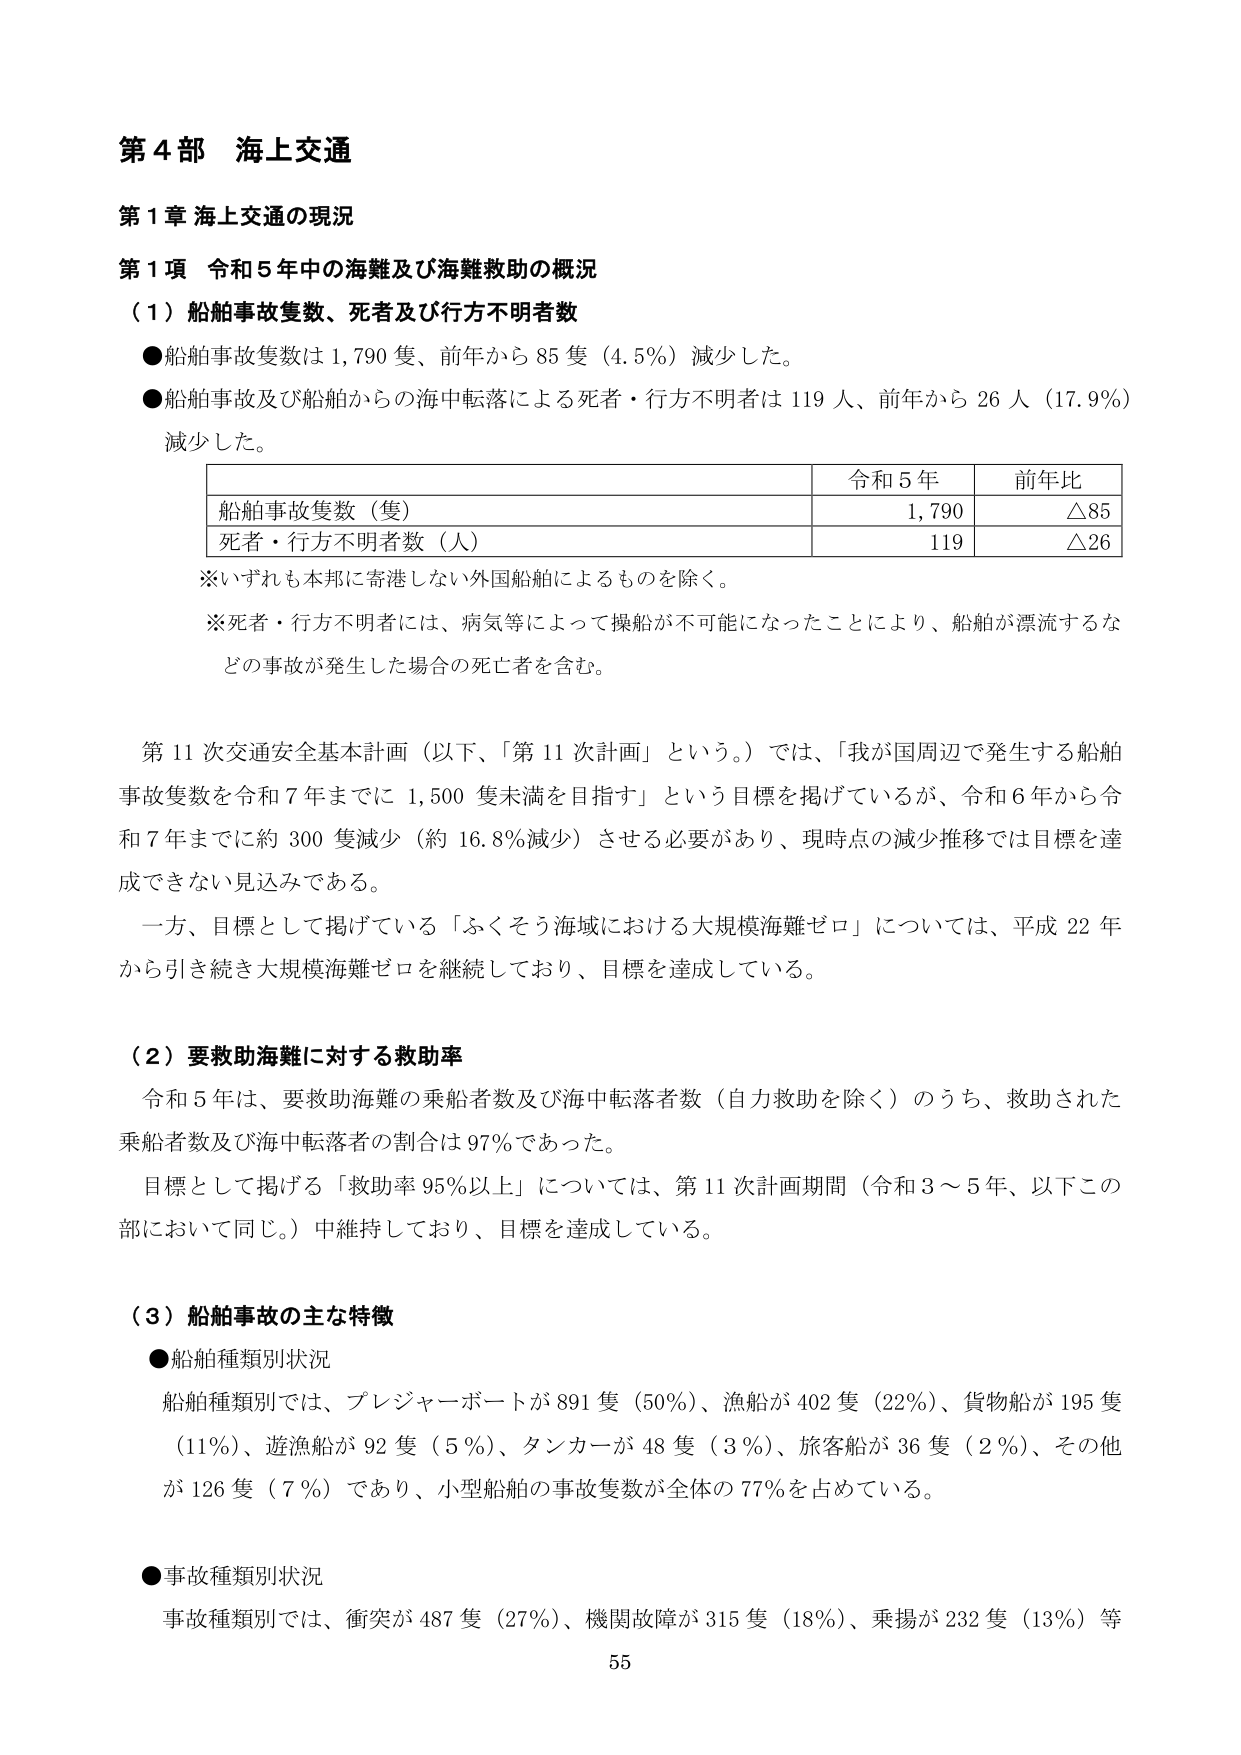
第４部 海上交通

第１章 海上交通の現況

第１項 令和５年中の海難及び海難救助の概況

（１）船舶事故隻数、死者及び行方不明者数

●船舶事故隻数は 1,790 隻、前年から 85 隻（4.5％）減少した。

●船舶事故及び船舶からの海中転落による死者・行方不明者は 119 人、前年から 26 人（17.9％）減少した。

| | 令和５年 | 前年比 |
|---|---|---|
| 船舶事故隻数（隻） | 1,790 | △85 |
| 死者・行方不明者数（人） | 119 | △26 |

※いずれも本邦に寄港しない外国船舶によるものを除く。

※死者・行方不明者には、病気等によって操船が不可能になったことにより、船舶が漂流するなどの事故が発生した場合の死亡者を含む。

第11次交通安全基本計画（以下、「第11次計画」という。）では、「我が国周辺で発生する船舶事故隻数を令和7年までに1,500隻未満を目指す」という目標を掲げているが、令和6年から令和7年までに約300隻減少（約16.8％減少）させる必要があり、現時点の減少推移では目標を達成できない見込みである。

一方、目標として掲げている「ふくそう海域における大規模海難ゼロ」については、平成22年から引き続き大規模海難ゼロを継続しており、目標を達成している。

（２）要救助海難に対する救助率

令和5年は、要救助海難の乗船者数及び海中転落者数（自力救助を除く）のうち、救助された乗船者数及び海中転落者の割合は97％であった。

目標として掲げる「救助率95％以上」については、第11次計画期間（令和3～5年、以下この部において同じ。）中維持しており、目標を達成している。

（３）船舶事故の主な特徴

●船舶種類別状況

船舶種類別では、プレジャーボートが891隻（50％）、漁船が402隻（22％）、貨物船が195隻（11％）、遊漁船が92隻（5％）、タンカーが48隻（3％）、旅客船が36隻（2％）、その他が126隻（7％）であり、小型船舶の事故隻数が全体の77％を占めている。

●事故種類別状況

事故種類別では、衝突が487隻（27％）、機関故障が315隻（18％）、乗揚が232隻（13％）等

55